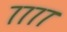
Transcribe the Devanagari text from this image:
७७७७